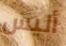
أليس